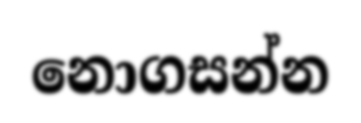
නොගසන්න